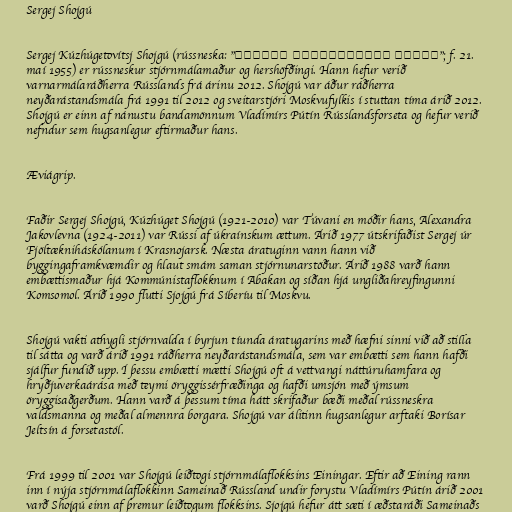
Sergej Shojgú

Sergej Kúzhúgetovítsj Shojgú (rússneska: "Сергей Кужугетович Шойгу"; f. 21.
maí 1955) er rússneskur stjórnmálamaður og hershöfðingi. Hann hefur verið
varnarmálaráðherra Rússlands frá árinu 2012. Shojgú var áður ráðherra
neyðarástandsmála frá 1991 til 2012 og sveitarstjóri Moskvufylkis í stuttan tíma árið 2012.
Shojgú er einn af nánustu bandamönnum Vladímírs Pútín Rússlandsforseta og hefur verið
nefndur sem hugsanlegur eftirmaður hans.

Æviágrip.

Faðir Sergej Shojgú, Kúzhúget Shojgú (1921-2010) var Túvani en móðir hans, Alexandra
Jakovlevna (1924-2011) var Rússi af úkraínskum ættum. Árið 1977 útskrifaðist Sergej úr
Fjöltækniháskólanum í Krasnojarsk. Næsta áratuginn vann hann við
byggingaframkvæmdir og hlaut smám saman stjórnunarstöður. Árið 1988 varð hann
embættismaður hjá Kommúnistaflokknum í Abakan og síðan hjá ungliðahreyfingunni
Komsomol. Árið 1990 flutti Sjojgú frá Síberíu til Moskvu.

Shojgú vakti athygli stjórnvalda í byrjun tíunda áratugarins með hæfni sinni við að stilla
til sátta og varð árið 1991 ráðherra neyðarástandsmála, sem var embætti sem hann hafði
sjálfur fundið upp. Í þessu embætti mætti Shojgú oft á vettvangi náttúruhamfara og
hryðjuverkaárása með teymi öryggissérfræðinga og hafði umsjón með ýmsum
öryggisaðgerðum. Hann varð á þessum tíma hátt skrifaður bæði meðal rússneskra
valdsmanna og meðal almennra borgara. Shojgú var álitinn hugsanlegur arftaki Borísar
Jeltsín á forsetastól.

Frá 1999 til 2001 var Shojgú leiðtogi stjórnmálaflokksins Einingar. Eftir að Eining rann
inn í nýja stjórnmálaflokkinn Sameinað Rússland undir forystu Vladímírs Pútín árið 2001
varð Shojgú einn af þremur leiðtogum flokksins. Sjojgú hefur átt sæti í æðstaráði Sameinaðs